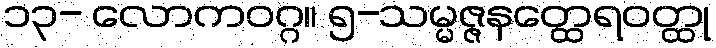
၁၃- လောကဝဂ္ဂ။ ၅-သမ္မဇ္ဇနတ္ထေရဝတ္ထု